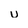
Character: u